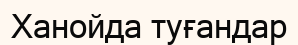
Ханойда туғандар